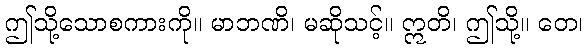
ဤသို့သောစကားကို။ မာဘဏိ၊ မဆိုသင့်။ ဣတိ၊ ဤသို့။ တေ၊